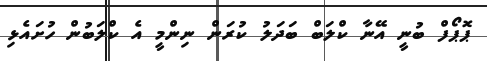
ޕޮޕޯފް ބުނީ އޭނާ ކްލަބް ބަދަލު ކުރަން ނިންމީ އެ ކްލަބުން ހުށައެޅި